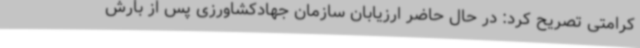
کرامتی تصریح کرد: در حال حاضر ارزیابان سازمان جهادکشاورزی پس از بارش